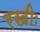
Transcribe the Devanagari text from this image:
रखीः